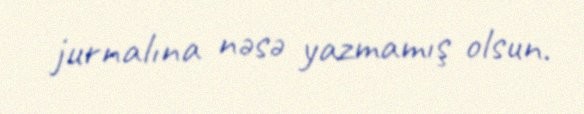
jurnalına nəsə yazmamış olsun.